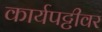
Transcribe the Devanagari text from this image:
कार्यपट्टीवर